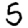
Digit: 5